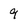
Character: 9